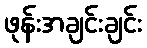
ဖုန်းအချင်းချင်း